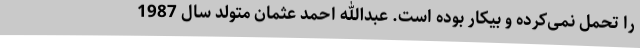
را تحمل نمی‌کرده و بیکار بوده است. عبدالله احمد عثمان متولد سال 1987